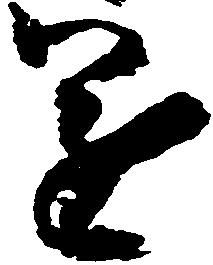
遂